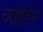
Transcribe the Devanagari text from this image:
चढाईने